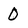
Character: 0